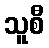
သူစီ